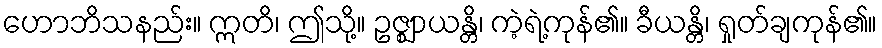
ဟောဘိသနည်း။ ဣတိ၊ ဤသို့။ ဥဇ္ဈာယန္တိ၊ ကဲ့ရဲ့ကုန်၏။ ခီယန္တိ၊ ရှုတ်ချကုန်၏။